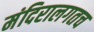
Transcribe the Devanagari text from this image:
मंदिरालगतच